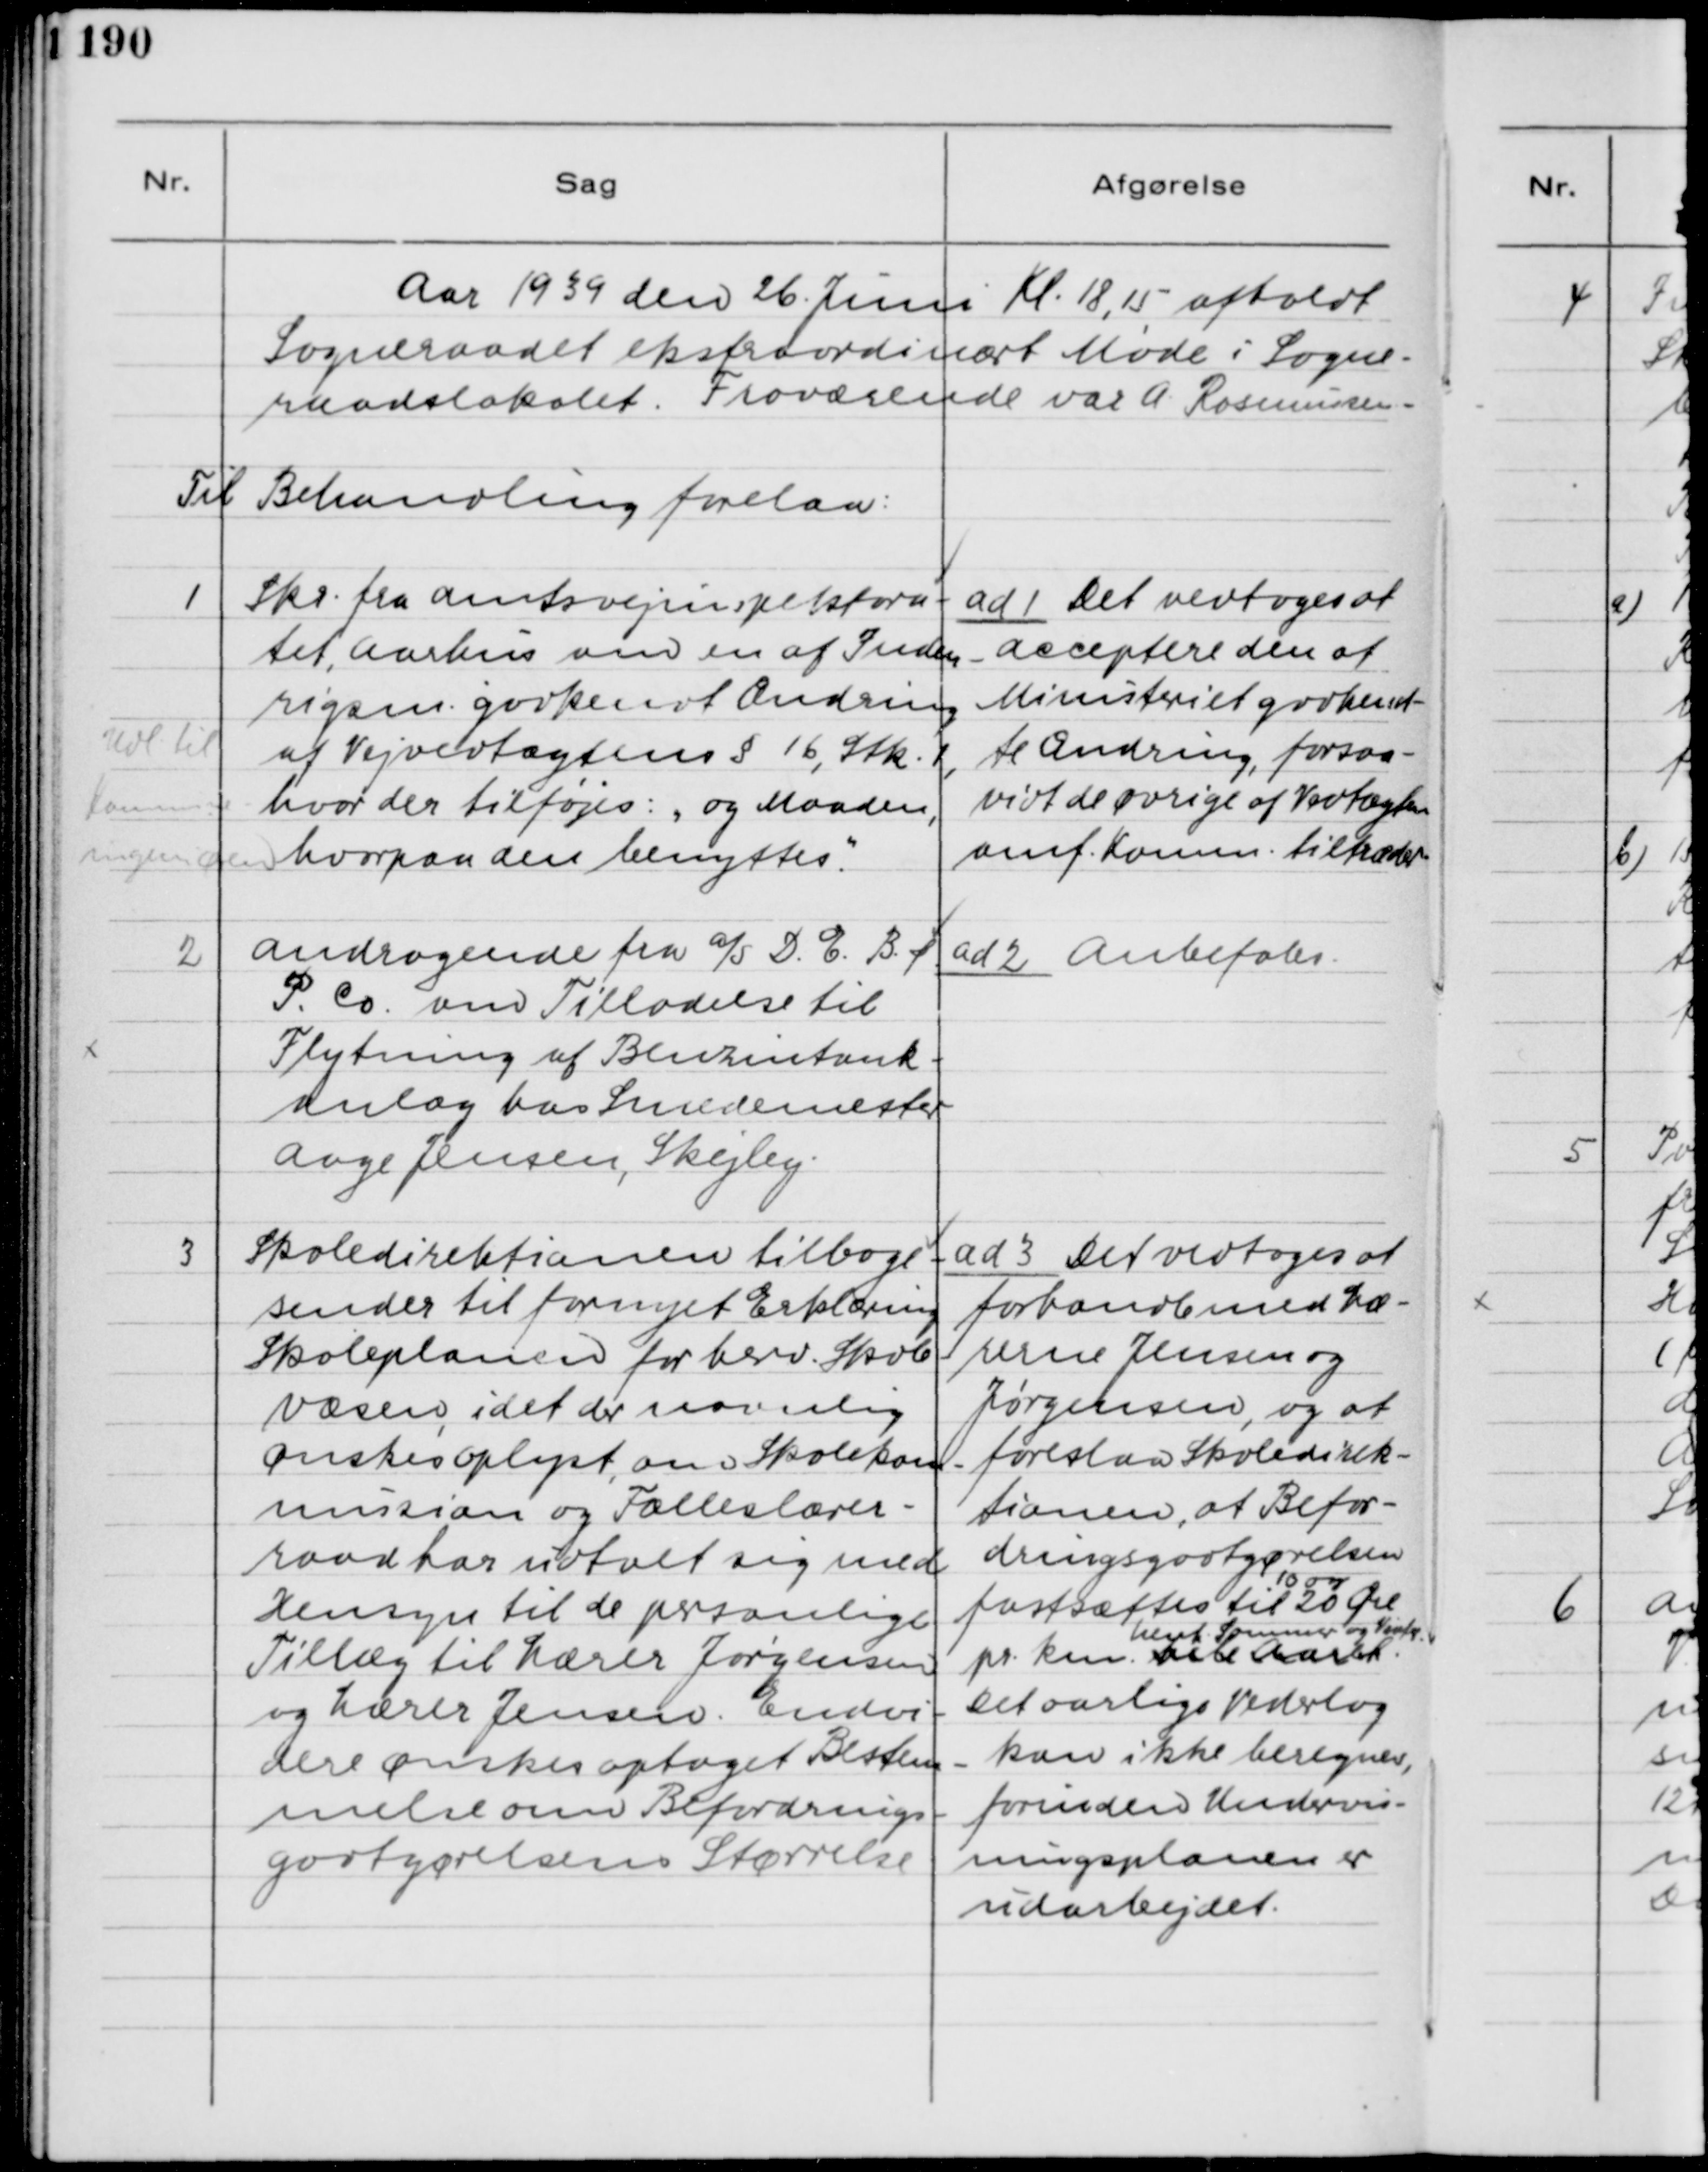
Transskription:
Aar 1939 den 26. Juni Kl. 18,15 afholdt
Sogneraadet ekstraordinært Møde i Sogne-
raadslokalet. Fraværende far A. Rasmussen.

Til Behandling forelaa:

1

Udl til
Kommunal-
ingeniøren

Skr. fra Amtsvejinspektora-
tet, Aarhus om en af Inden-
rigsm. godkendt Ændring
af Vejvedtægten § 16, Stk. 1,
hvor der tilføjes: "og Maaden,
hvorpaa den benyttes".

ad 1. Det vedtoges at
acceptere den af
Ministeriet godkend-
te Ændring, forsaa-
vidt de øvrige af Vedtægten
omf. Komm. tiltræder

2

Andragende fra A/S D. E. B &
P. Co. om Tilladelse til
Flytning af Benzintank-
anlæg hos Smedemester
Aage Jensen, Skejby.

ad 2 Anbefales.

3

Skoledirektionen tilbage-
sender til fornyet Erklæring
Skoleplanen for herv. Skole-
væsen, idet der navnlig
ønskes oplyst, om Skolekom-
missionen og Fælleslærer-
raad har udtalt sig med
Hensyn til de personlige
Tillæg til Lærer Jørgensen
og Lærer Jensen. Endvi-
dere ønskes optaget Bestem-
melse om Befordrings-
godtgørelses Størrelse.

ad 3. Det vedtoges at
forhandle med Læ-
rerne Jensen og
Jørgensen, og at
foreslaa Skoledirek-
tionen, at Befor-
dringsgodtgørelsen
fastsættes til 
10 og
20 Øre 
pr. km
henh. Sommer og Vinter. v
 Aaret.
Det aarlige Vederlag
kan ikke beregnes,
forinden Undervis-
ningsplanen er
udarbejdet.